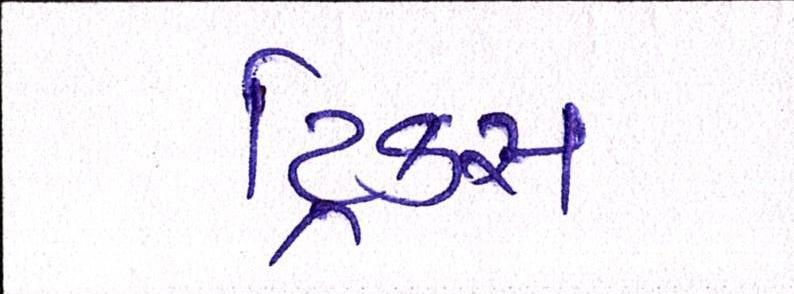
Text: ટ્રિક્સ